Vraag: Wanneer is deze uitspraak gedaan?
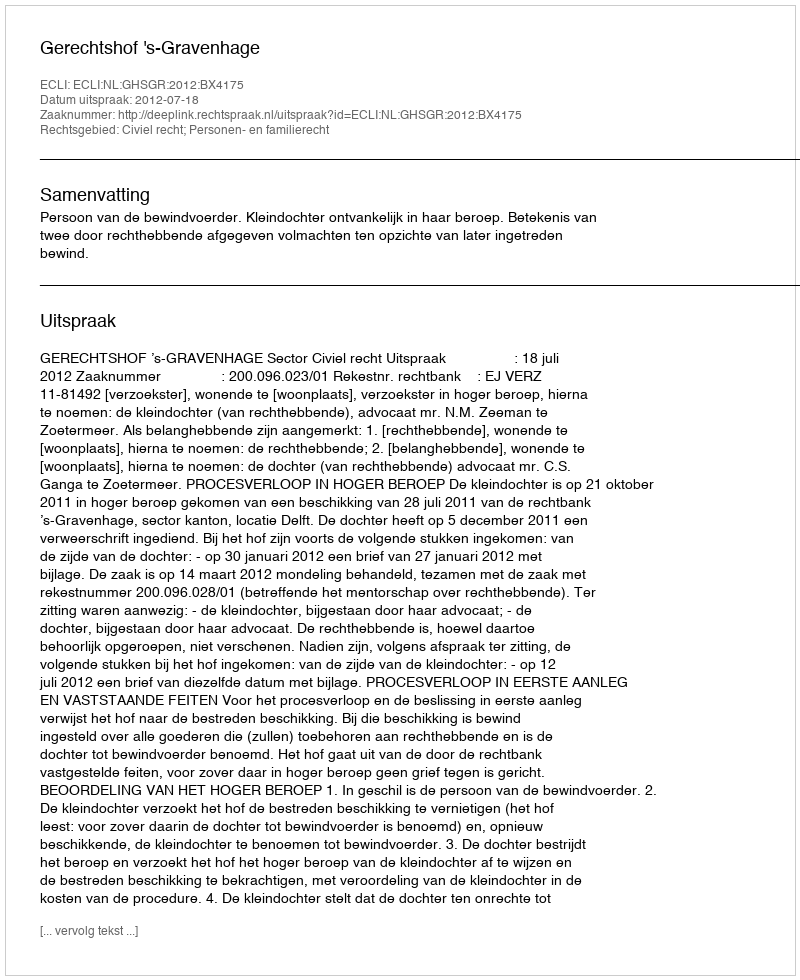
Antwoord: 2012-07-18